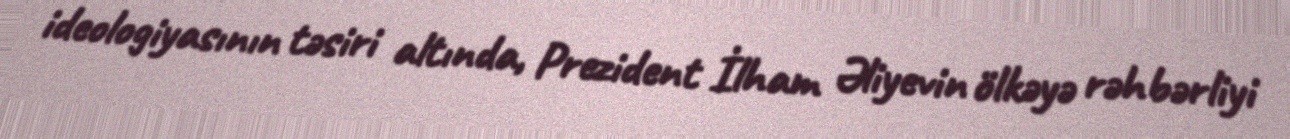
ideologiyasının təsiri altında, Prezident İlham Əliyevin ölkəyə rəhbərliyi